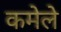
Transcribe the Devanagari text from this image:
कमेले